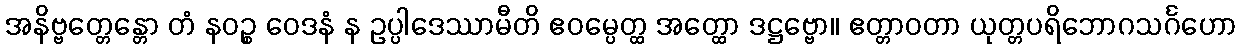
အနိဗ္ဗတ္တေန္တော တံ နဝဉ္စ ဝေဒနံ န ဥပ္ပါဒေဿာမီတိ ဧဝမ္ပေတ္ထ အတ္ထော ဒဋ္ဌဗ္ဗော။ ဧတ္တာဝတာ ယုတ္တပရိဘောဂသင်္ဂဟော